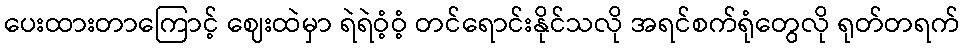
ပေးထားတာကြောင့် ဈေးထဲမှာ ရဲရဲဝံ့ဝံ့ တင်ရောင်းနိုင်သလို အရင်စက်ရုံတွေလို ရုတ်တရက်